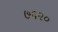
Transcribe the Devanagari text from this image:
७६२०